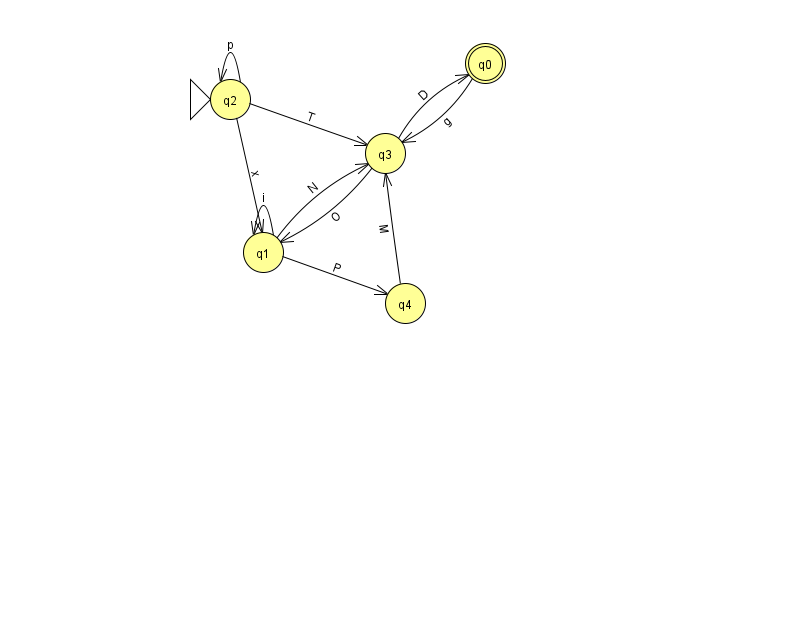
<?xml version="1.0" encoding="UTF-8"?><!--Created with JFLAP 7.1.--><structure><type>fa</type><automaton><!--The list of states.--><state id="0" name="q0"><x>485.0</x><y>50.0</y><final/></state><state id="1" name="q1"><x>263.0</x><y>239.0</y></state><state id="2" name="q2"><x>230.0</x><y>86.0</y><initial/></state><state id="3" name="q3"><x>385.0</x><y>140.0</y></state><state id="4" name="q4"><x>405.0</x><y>290.0</y></state><!--The list of transitions.--><transition><from>2</from><to>2</to><read>p</read></transition><transition><from>0</from><to>3</to><read>g</read></transition><transition><from>3</from><to>0</to><read>D</read></transition><transition><from>3</from><to>1</to><read>O</read></transition><transition><from>1</from><to>3</to><read>N</read></transition><transition><from>1</from><to>1</to><read>i</read></transition><transition><from>2</from><to>3</to><read>T</read></transition><transition><from>4</from><to>3</to><read>M</read></transition><transition><from>2</from><to>1</to><read>x</read></transition><transition><from>1</from><to>4</to><read>P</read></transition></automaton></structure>